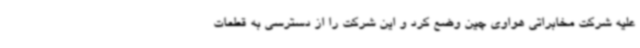
علیه شرکت مخابراتی هواوی چین وضع کرد و این شرکت را از دسترسی به قطعات